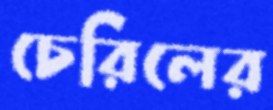
চেরিলের